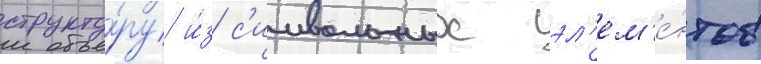
структу́ру и́з с'имвольных эл'ем'е́нтов